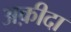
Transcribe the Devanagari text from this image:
अक़ीदा